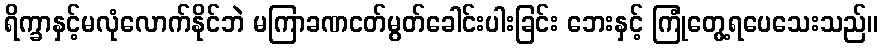
ရိက္ခာနှင့်မလုံလောက်နိုင်ဘဲ မကြာခဏငတ်မွတ်ခေါင်းပါးခြင်း ဘေးနှင့် ကြုံတွေ့ရပေသေးသည်။